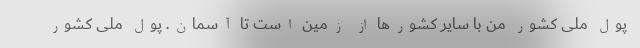
پول ملی کشور من با سایر کشورها از زمین است تا آسمان. پول ملی کشور